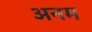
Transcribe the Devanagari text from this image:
अनम